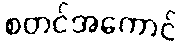
စတင်အကောင်